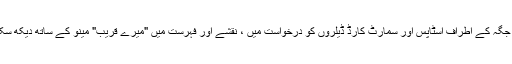
آپ اپنی جگہ کے اطراف اسٹاپس اور سمارٹ کارڈ ڈیلروں کو درخواست میں ، نقشے اور فہرست میں "میرے قریب" مینو کے ساتھ دیکھ سکتے ہیں۔